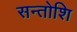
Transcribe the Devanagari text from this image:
सन्तोशि